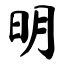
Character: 明